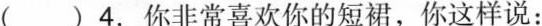
( )4.你非常喜欢你的短裙，你这样说：